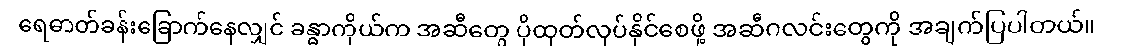
ရေဓာတ်ခန်းခြောက်နေလျှင် ခန္ဓာကိုယ်က အဆီတွေ ပိုထုတ်လုပ်နိုင်စေဖို့ အဆီဂလင်းတွေကို အချက်ပြပါတယ်။